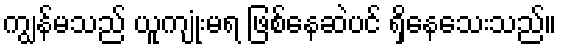
ကျွန်မသည် ယူကျုံးမရ ဖြစ်နေဆဲပင် ရှိနေသေးသည်။